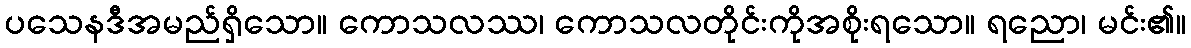
ပသေနဒီအမည်ရှိသော။ ကောသလဿ၊ ကောသလတိုင်းကိုအစိုးရသော။ ရညော၊ မင်း၏။